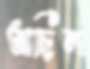
আছিলা